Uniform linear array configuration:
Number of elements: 24
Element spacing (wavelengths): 1
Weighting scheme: uniform
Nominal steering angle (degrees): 0
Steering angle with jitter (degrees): -1.647
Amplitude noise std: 0.05
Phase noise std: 0.05

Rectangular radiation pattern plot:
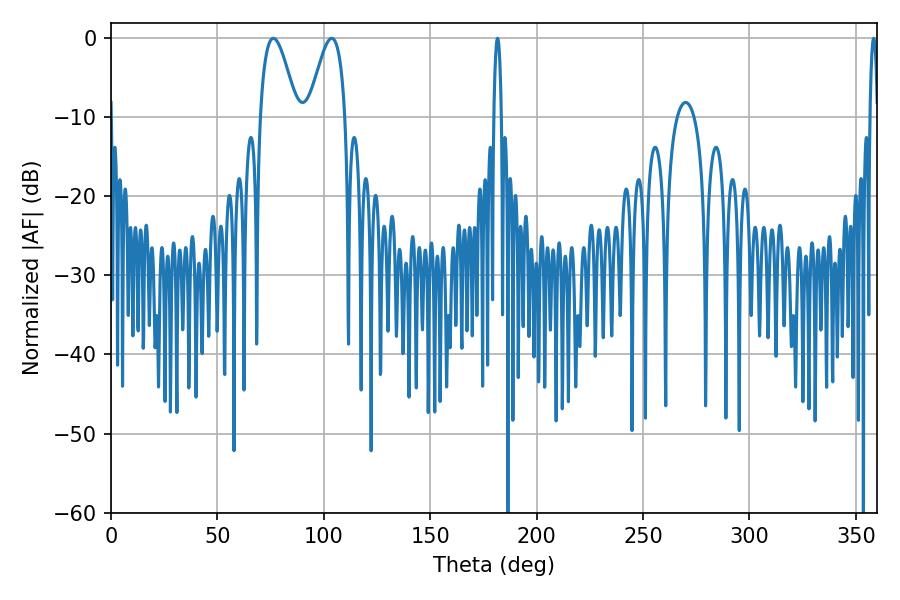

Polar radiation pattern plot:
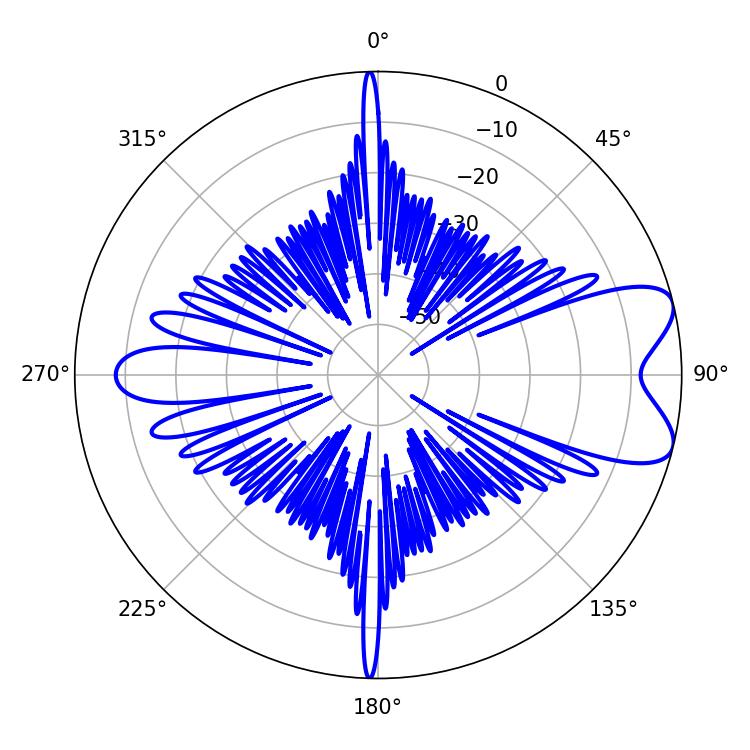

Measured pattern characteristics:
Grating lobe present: TRUE
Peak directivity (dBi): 7.895
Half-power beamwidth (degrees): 9.18
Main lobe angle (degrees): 76.32